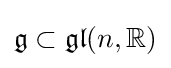
{\mathfrak {g}}\subset {\mathfrak {gl}}(n,\mathbb {R} )